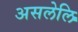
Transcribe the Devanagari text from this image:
असलेलि